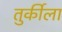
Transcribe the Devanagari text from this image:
तुर्कीला